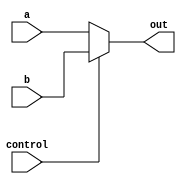
module MUX2 (
    input   [31:0]  a,
    input   [31:0]  b,
    input           control,
    output  [31:0]  out
);

assign out = (control == 0) ? a : b;

endmodule //MUX2